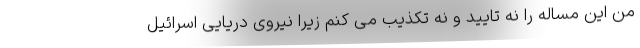
من این مساله را نه تایید و نه تکذیب می کنم زیرا نیروی دریایی اسرائیل